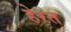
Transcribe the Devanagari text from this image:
हेरत